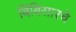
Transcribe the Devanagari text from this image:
बिंबिसारचे